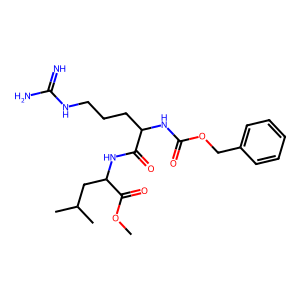
SMILES: COC(=O)C(CC(C)C)NC(=O)C(CCCNC(=N)N)NC(=O)OCc1ccccc1
Inhibits HIV replication: No